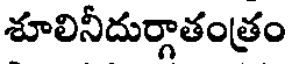
శూలినీదుర్గాతంత్రం